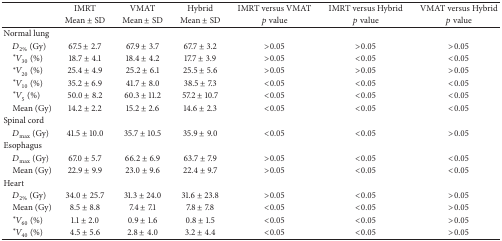
|  | IMRT | VMAT | Hybrid | IMRT versus VMAT | IMRT versus Hybrid | VMAT versus Hybrid |
 |  | Mean ± SD | Mean ± SD | Mean ± SD | p value | p value | p value |
 | --- | --- | --- | --- | --- | --- | --- |
 | Normal lung |  |  |  |  |  |  |
 | D2% (Gy) | 67.5 ± 2.7 | 67.9 ± 3.7 | 67.7 ± 3.2 | >0.05 | >0.05 | >0.05 |
 | ∗V30 (%) | 18.7 ± 4.1 | 18.4 ± 4.2 | 17.7 ± 3.9 | >0.05 | <0.05 | <0.05 |
 | ∗V20 (%) | 25.4 ± 4.9 | 25.2 ± 6.1 | 25.5 ± 5.6 | >0.05 | >0.05 | >0.05 |
 | ∗V10 (%) | 35.2 ± 6.9 | 41.7 ± 8.0 | 38.5 ± 7.3 | <0.05 | <0.05 | <0.05 |
 | ∗V5 (%) | 50.0 ± 8.2 | 60.3 ± 11.2 | 57.2 ± 10.7 | <0.05 | <0.05 | <0.05 |
 | Mean (Gy) | 14.2 ± 2.2 | 15.2 ± 2.6 | 14.6 ± 2.3 | <0.05 | <0.05 | <0.05 |
 | Spinal cord |  |  |  |  |  |  |
 | Dmax⁡ (Gy) | 41.5 ± 10.0 | 35.7 ± 10.5 | 35.9 ± 9.0 | <0.05 | <0.05 | >0.05 |
 | Esophagus |  |  |  |  |  |  |
 | Dmax⁡ (Gy) | 67.0 ± 5.7 | 66.2 ± 6.9 | 63.7 ± 7.9 | >0.05 | <0.05 | <0.05 |
 | Mean (Gy) | 22.9 ± 9.9 | 23.0 ± 9.6 | 22.4 ± 9.7 | >0.05 | <0.05 | <0.05 |
 | Heart |  |  |  |  |  |  |
 | D2% (Gy) | 34.0 ± 25.7 | 31.3 ± 24.0 | 31.6 ± 23.8 | >0.05 | <0.05 | >0.05 |
 | Mean (Gy) | 8.5 ± 8.8 | 7.4 ± 7.1 | 7.8 ± 7.8 | <0.05 | <0.05 | >0.05 |
 | ∗V60 (%) | 1.1 ± 2.0 | 0.9 ± 1.6 | 0.8 ± 1.5 | <0.05 | <0.05 | >0.05 |
 | ∗V40 (%) | 4.5 ± 5.6 | 2.8 ± 4.0 | 3.2 ± 4.4 | <0.05 | <0.05 | >0.05 |